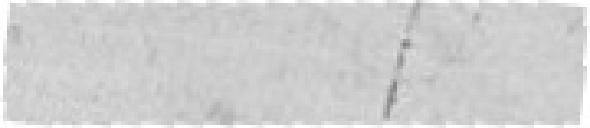
??